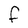
Character: f